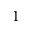
1